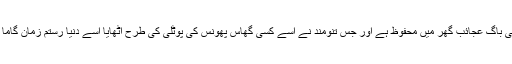
یہ پتھر آج بھی بڑودہ کے سایا جی باگ عجائب گھر میں محفوظ ہے اور جس تنومند نے اسے کسی گھاس پھونس کی پوٹلی کی طرح اٹھایا اسے دنیا رستم زمان گاما پہلوان کے نام سے یاد کرتی ہے۔